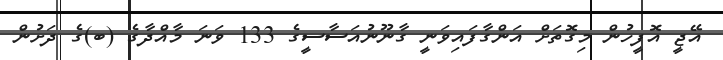
އޭޖީ އޮފީހުން މިގޮތަށް އަންގާފައިވަނީ ގާނޫނުއަސާސީގެ 133 ވަނަ މާއްދާގެ (ބ)ގެ ދަށުން